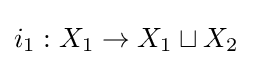
i_{1}:X_{1}\to X_{1}\sqcup X_{2}